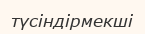
түсіндірмекші